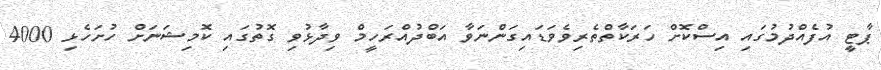
ޕާޓީ އުފެއްދުމުގައި އިސްކޮށް ހަރަކާތްތެރިވެވަޑައިގަންނަވާ އަބްދުއްރަހީމް ވިދާޅުވި ގޮތުގައި ކޮމިޝަނަށް ހުށަހެޅި 4000